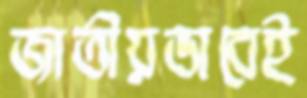
জাতীয়ভাবেই